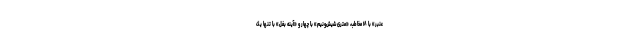
عنبر» با ۱۸ مخاطب، «متری شیش‌ونیم» با چهار و «آینه بغل» با تنها یک